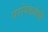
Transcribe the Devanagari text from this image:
परोपकर्धर्मी